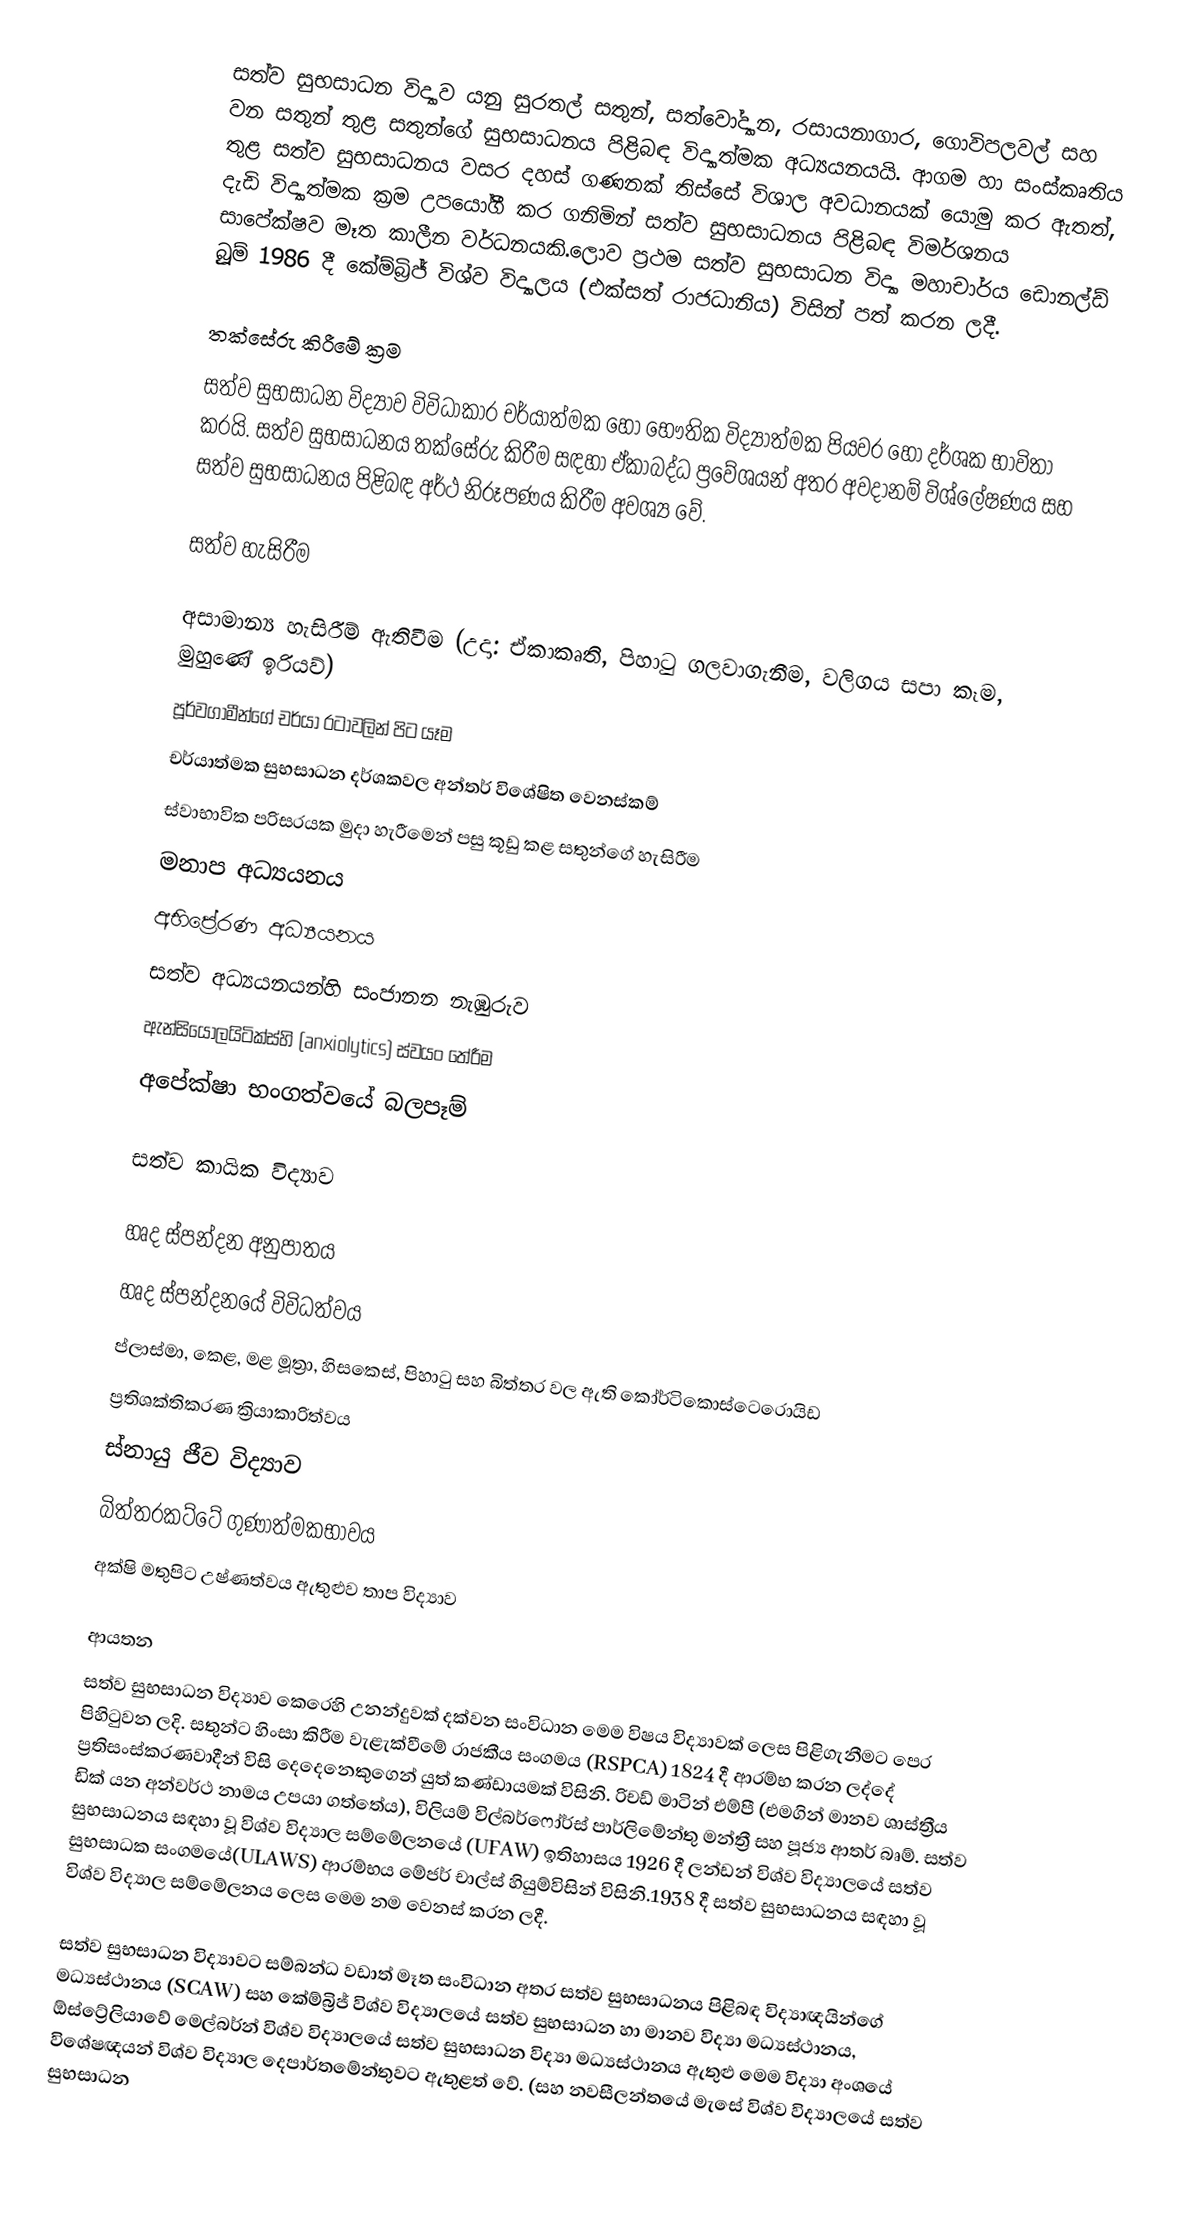
සත්ව සුභසාධන විද්‍යාව යනු සුරතල් සතුන්, සත්වෝද්‍යාන, රසායනාගාර, ගොවිපලවල් සහ වන සතුන් තුළ සතුන්ගේ සුභසාධනය පිළිබඳ විද්‍යාත්මක අධ්‍යයනයයි. ආගම හා සංස්කෘතිය තුළ සත්ව සුභසාධනය වසර දහස් ගණනක් තිස්සේ විශාල අවධානයක් යොමු කර ඇතත්, දැඩි විද්‍යාත්මක ක්‍රම උපයෝගී කර ගනිමින් සත්ව සුභසාධනය පිළිබඳ විමර්ශනය සාපේක්ෂව මෑත කාලීන වර්ධනයකි.ලොව ප්‍රථම සත්ව සුභසාධන විද්‍යා මහාචාර්ය ඩොනල්ඩ් බ්‍රූම් 1986 දී කේම්බ්‍රිජ් විශ්ව විද්‍යාලය (එක්සත් රාජධානිය) විසින් පත් කරන ලදී.

තක්සේරු කිරීමේ ක්‍රම
සත්ව සුභසාධන විද්‍යාව විවිධාකාර චර්යාත්මක හෝ භෞතික විද්‍යාත්මක පියවර හෝ දර්ශක භාවිතා කරයි. සත්ව සුභසාධනය තක්සේරු කිරීම සඳහා ඒකාබද්ධ ප්‍රවේශයන් අතර අවදානම් විශ්ලේෂණය සහ සත්ව සුභසාධනය පිළිබඳ අර්ථ නිරූපණය කිරීම අවශ්‍ය වේ.

සත්ව හැසිරීම

 අසාමාන්‍ය හැසිරීම් ඇතිවීම (උදා: ඒකාකෘති, පිහාටු ගලවාගැනීම, වලිගය සපා කෑම, මුහුණේ ඉරියව්)
 පූර්වගාමීන්ගේ චර්යා රටාවලින් පිට යෑම
 චර්යාත්මක සුභසාධන දර්ශකවල අන්තර් විශේෂිත වෙනස්කම්
 ස්වාභාවික පරිසරයක මුදා හැරීමෙන් පසු කූඩු කළ සතුන්ගේ හැසිරීම
 මනාප අධ්‍යයනය
 අභිප්‍රේරණ අධ්‍යයනය
 සත්ව අධ්‍යයනයන්හි සංජානන නැඹුරුව
 ඇන්සියොලයිටික්ස්හි (anxiolytics) ස්වයං තේරීම
 අපේක්ෂා භංගත්වයේ බලපෑම්

සත්ව කායික විද්‍යාව

 හෘද ස්පන්දන අනුපාතය
 හෘද ස්පන්දනයේ විවිධත්වය
 ප්ලාස්මා, කෙළ, මළ මූත්‍රා, හිසකෙස්, පිහාටු සහ බිත්තර වල ඇති කෝර්ටිකොස්ටෙරොයිඩ
 ප්‍රතිශක්තිකරණ ක්‍රියාකාරිත්වය
 ස්නායු ජීව විද්‍යාව
 බිත්තරකට්ටේ ගුණාත්මකභාවය
 අක්ෂි මතුපිට උෂ්ණත්වය ඇතුළුව තාප විද්‍යාව

ආයතන
සත්ව සුභසාධන විද්‍යාව කෙරෙහි උනන්දුවක් දක්වන සංවිධාන මෙම විෂය විද්‍යාවක් ලෙස පිළිගැනීමට පෙර පිහිටුවන ලදි. සතුන්ට හිංසා කිරීම වැළැක්වීමේ රාජකීය සංගමය (RSPCA) 1824 දී ආරම්භ කරන ලද්දේ ප්‍රතිසංස්කරණවාදීන් විසි දෙදෙනෙකුගෙන් යුත් කණ්ඩායමක් විසිනි. රිචඩ් මාටින් එම්පී (එමගින් මානව ශාස්ත්‍රීය ඩික් යන අන්වර්ථ නාමය උපයා ගත්තේය), විලියම් විල්බර්ෆෝර්ස් පාර්ලිමේන්තු මන්ත්‍රී සහ පූජ්‍ය ආතර් බෘම්. සත්ව සුභසාධනය සඳහා වූ විශ්ව විද්‍යාල සම්මේලනයේ (UFAW) ඉතිහාසය 1926 දී ලන්ඩන් විශ්ව විද්‍යාලයේ සත්ව සුභසාධක සංගමයේ(ULAWS) ආරම්භය මේජර් චාල්ස් හියුම්විසින් විසිනි.1938 දී සත්ව සුභසාධනය සඳහා වූ විශ්ව විද්‍යාල සම්මේලනය ලෙස මෙම නම වෙනස් කරන ලදී.

සත්ව සුභසාධන විද්‍යාවට සම්බන්ධ වඩාත් මෑත සංවිධාන අතර සත්ව සුභසාධනය පිළිබඳ විද්‍යාඥයින්ගේ මධ්‍යස්ථානය (SCAW) සහ කේම්බ්‍රිජ් විශ්ව විද්‍යාලයේ සත්ව සුභසාධන හා මානව විද්‍යා මධ්‍යස්ථානය, ඕස්ට්‍රේලියාවේ මෙල්බර්න් විශ්ව විද්‍යාලයේ සත්ව සුභසාධන විද්‍යා මධ්‍යස්ථානය ඇතුළු මෙම විද්‍යා අංශයේ විශේෂඥයන් විශ්ව විද්‍යාල දෙපාර්තමේන්තුවට ඇතුළත් වේ. (සහ නවසීලන්තයේ මැසේ විශ්ව විද්‍යාලයේ සත්ව සුභසාධන